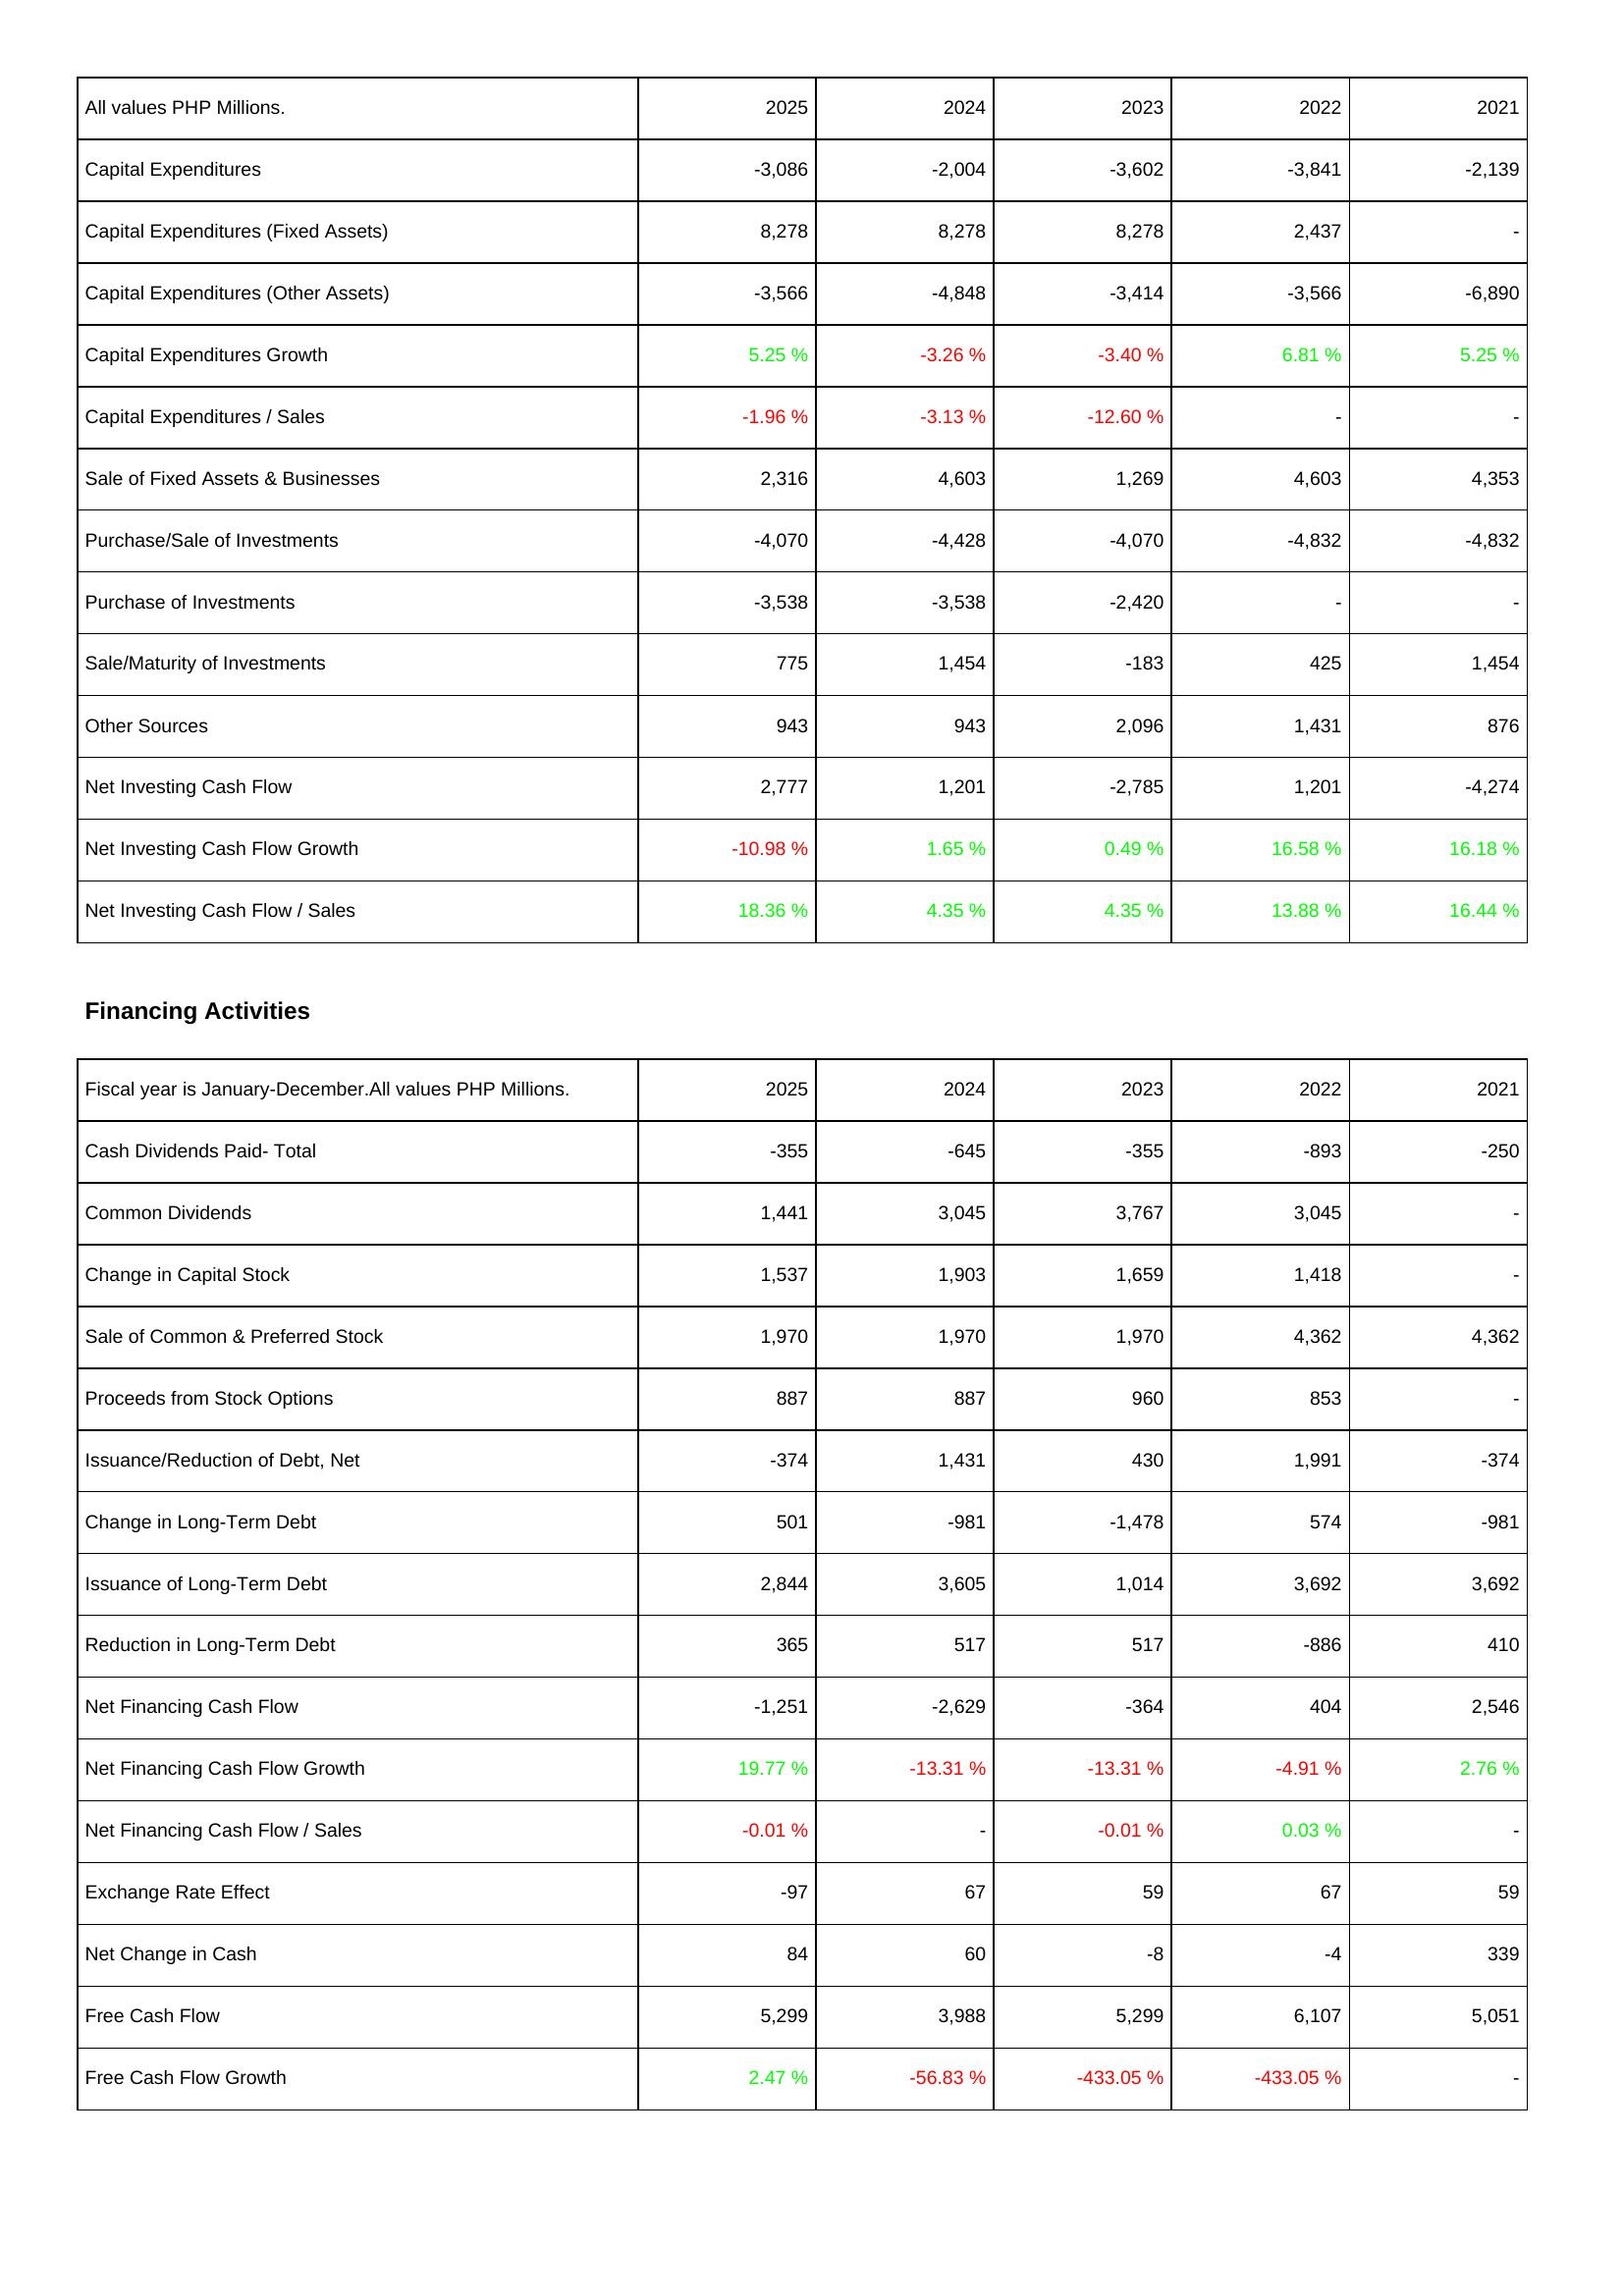
2025: Investing Activities: Capital Expenditures: -3,086
Capital Expenditures (Fixed Assets): 8,278
Capital Expenditures (Other Assets): -3,566
Capital Expenditures Growth: 5.25 %
Capital Expenditures / Sales: -1.96 %
Sale of Fixed Assets & Businesses: 2,316
Purchase/Sale of Investments: -4,070
Purchase of Investments: -3,538
Sale/Maturity of Investments: 775
Other Sources: 943
Net Investing Cash Flow: 2,777
Net Investing Cash Flow Growth: -10.98 %
Net Investing Cash Flow / Sales: 18.36 %
Financing Activities: Cash Dividends Paid- Total: -355
Common Dividends: 1,441
Change in Capital Stock: 1,537
Sale of Common & Preferred Stock: 1,970
Proceeds from Stock Options: 887
Issuance/Reduction of Debt, Net: -374
Change in Long-Term Debt: 501
Issuance of Long-Term Debt: 2,844
Reduction in Long-Term Debt: 365
Net Financing Cash Flow: -1,251
Net Financing Cash Flow Growth: 19.77 %
Net Financing Cash Flow / Sales: -0.01 %
Exchange Rate Effect: -97
Net Change in Cash: 84
Free Cash Flow: 5,299
Free Cash Flow Growth: 2.47 %
2024: Investing Activities: Capital Expenditures: -2,004
Capital Expenditures (Fixed Assets): 8,278
Capital Expenditures (Other Assets): -4,848
Capital Expenditures Growth: -3.26 %
Capital Expenditures / Sales: -3.13 %
Sale of Fixed Assets & Businesses: 4,603
Purchase/Sale of Investments: -4,428
Purchase of Investments: -3,538
Sale/Maturity of Investments: 1,454
Other Sources: 943
Net Investing Cash Flow: 1,201
Net Investing Cash Flow Growth: 1.65 %
Net Investing Cash Flow / Sales: 4.35 %
Financing Activities: Cash Dividends Paid- Total: -645
Common Dividends: 3,045
Change in Capital Stock: 1,903
Sale of Common & Preferred Stock: 1,970
Proceeds from Stock Options: 887
Issuance/Reduction of Debt, Net: 1,431
Change in Long-Term Debt: -981
Issuance of Long-Term Debt: 3,605
Reduction in Long-Term Debt: 517
Net Financing Cash Flow: -2,629
Net Financing Cash Flow Growth: -13.31 %
Net Financing Cash Flow / Sales: -
Exchange Rate Effect: 67
Net Change in Cash: 60
Free Cash Flow: 3,988
Free Cash Flow Growth: -56.83 %
2023: Investing Activities: Capital Expenditures: -3,602
Capital Expenditures (Fixed Assets): 8,278
Capital Expenditures (Other Assets): -3,414
Capital Expenditures Growth: -3.40 %
Capital Expenditures / Sales: -12.60 %
Sale of Fixed Assets & Businesses: 1,269
Purchase/Sale of Investments: -4,070
Purchase of Investments: -2,420
Sale/Maturity of Investments: -183
Other Sources: 2,096
Net Investing Cash Flow: -2,785
Net Investing Cash Flow Growth: 0.49 %
Net Investing Cash Flow / Sales: 4.35 %
Financing Activities: Cash Dividends Paid- Total: -355
Common Dividends: 3,767
Change in Capital Stock: 1,659
Sale of Common & Preferred Stock: 1,970
Proceeds from Stock Options: 960
Issuance/Reduction of Debt, Net: 430
Change in Long-Term Debt: -1,478
Issuance of Long-Term Debt: 1,014
Reduction in Long-Term Debt: 517
Net Financing Cash Flow: -364
Net Financing Cash Flow Growth: -13.31 %
Net Financing Cash Flow / Sales: -0.01 %
Exchange Rate Effect: 59
Net Change in Cash: -8
Free Cash Flow: 5,299
Free Cash Flow Growth: -433.05 %
2022: Investing Activities: Capital Expenditures: -3,841
Capital Expenditures (Fixed Assets): 2,437
Capital Expenditures (Other Assets): -3,566
Capital Expenditures Growth: 6.81 %
Capital Expenditures / Sales: -
Sale of Fixed Assets & Businesses: 4,603
Purchase/Sale of Investments: -4,832
Purchase of Investments: -
Sale/Maturity of Investments: 425
Other Sources: 1,431
Net Investing Cash Flow: 1,201
Net Investing Cash Flow Growth: 16.58 %
Net Investing Cash Flow / Sales: 13.88 %
Financing Activities: Cash Dividends Paid- Total: -893
Common Dividends: 3,045
Change in Capital Stock: 1,418
Sale of Common & Preferred Stock: 4,362
Proceeds from Stock Options: 853
Issuance/Reduction of Debt, Net: 1,991
Change in Long-Term Debt: 574
Issuance of Long-Term Debt: 3,692
Reduction in Long-Term Debt: -886
Net Financing Cash Flow: 404
Net Financing Cash Flow Growth: -4.91 %
Net Financing Cash Flow / Sales: 0.03 %
Exchange Rate Effect: 67
Net Change in Cash: -4
Free Cash Flow: 6,107
Free Cash Flow Growth: -433.05 %
2021: Investing Activities: Capital Expenditures: -2,139
Capital Expenditures (Fixed Assets): -
Capital Expenditures (Other Assets): -6,890
Capital Expenditures Growth: 5.25 %
Capital Expenditures / Sales: -
Sale of Fixed Assets & Businesses: 4,353
Purchase/Sale of Investments: -4,832
Purchase of Investments: -
Sale/Maturity of Investments: 1,454
Other Sources: 876
Net Investing Cash Flow: -4,274
Net Investing Cash Flow Growth: 16.18 %
Net Investing Cash Flow / Sales: 16.44 %
Financing Activities: Cash Dividends Paid- Total: -250
Common Dividends: -
Change in Capital Stock: -
Sale of Common & Preferred Stock: 4,362
Proceeds from Stock Options: -
Issuance/Reduction of Debt, Net: -374
Change in Long-Term Debt: -981
Issuance of Long-Term Debt: 3,692
Reduction in Long-Term Debt: 410
Net Financing Cash Flow: 2,546
Net Financing Cash Flow Growth: 2.76 %
Net Financing Cash Flow / Sales: -
Exchange Rate Effect: 59
Net Change in Cash: 339
Free Cash Flow: 5,051
Free Cash Flow Growth: -